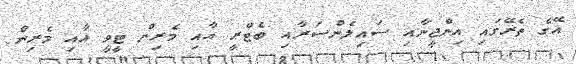
އޭގެ ތެރޭގައި އިންޖީނާއި ސައިލެންސަރާއި ބެޓްރީ އާއި މެރިން ޓީވީ އާއި މެރިން